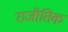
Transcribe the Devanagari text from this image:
राजीतिक